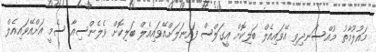
މައުލޫމާތު މުއްސަނދިވި އޭވައިއެލް ބަލިކޮށް އީގަލްސް ފައިނަލަށްއޭވައިއެލް ބަލިކޮށް ވެލެންސިއާ ސެމީ އަށްއޭވައިއެލް